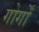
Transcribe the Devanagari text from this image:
गोर्गों